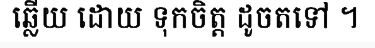
ឆ្លើយ ដោយ ទុកចិត្ត ដូចតទៅ ។